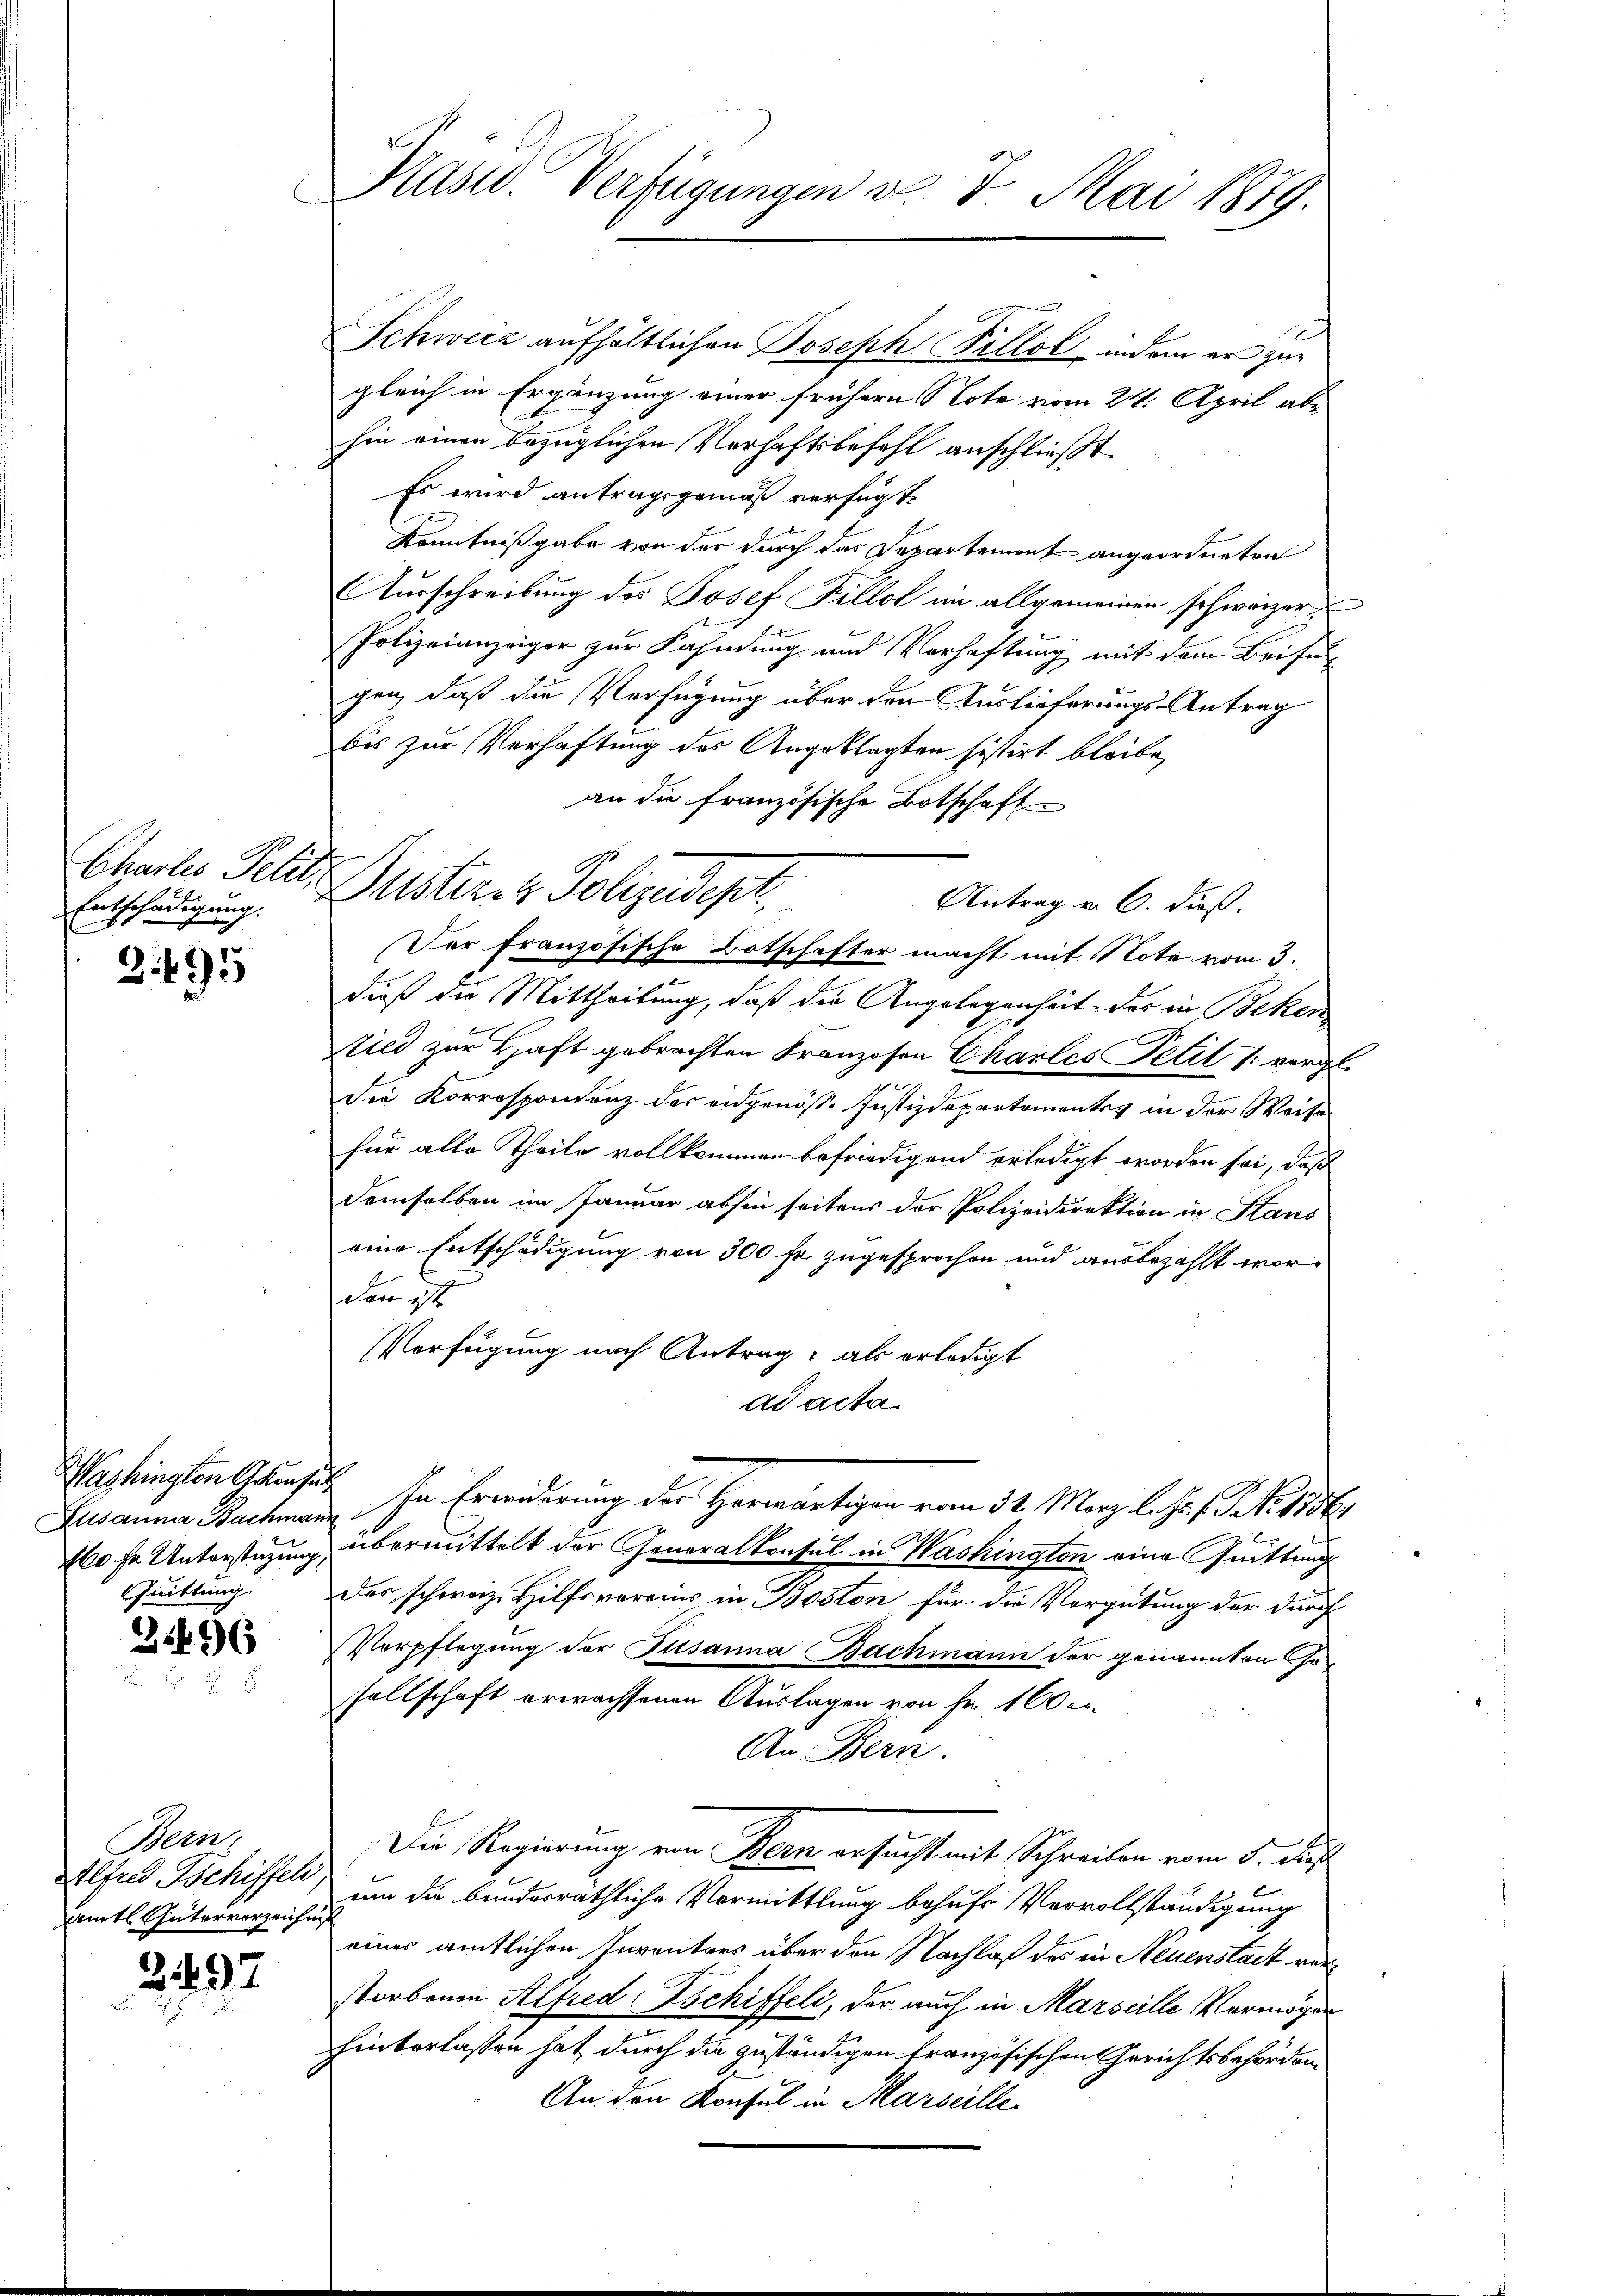
Entschädigung.
f

2495

Washington Akten sich
Quittung.

3.496

Bern,
amts Güterverzeichnis

2497

Präsid. Verfügungen v. 7. Mai 1879.

Schweiz aufhältlichen Joseph Pillol, indem er zugleich in Ergänzung einer frühern Note vom 24. April abhin einen bezüglichen Verhaftsbefehl anschließt
Es wird antragsgemäß verfügte
Kenntnißgabe von der durch das Departement angeordneten
Ausschreibung des Josef Fillol im allgemeinen schweizer
Polizeianzeiger zur Fahndung und Verhaftung mit dem Beifüg
gen, daß die Verfügung über den Auslieferungs-Antrag
bis zur Verhaftung des Angeklagten histirt bleibe,
an die französische Botschaft
Antrag v. 6. dieß.
Der französische Botschafter macht mit Note vom 3.
.
dieß die Mittheilung, daß die Angelegenheit der in Beken
Ried zur Haft gebrachten Franzosen Charles Petit 1 vergl.
Die Korrespondenz des eidgenös- Justizdepartemontes in der Weise
für alle Theile vollkommen befriedigend erledigt worden sei, daß
demselben im Januar abhin seitens der Polizeidirektion in Stans
eine Entschädigung von 300 fr. zugesprochen und ausbezahlt worden ist.
VVerfügung nach Antrag, als erledigt
ad acta
 Erwiderung der Herwärtigen vom 31. März l. J. J. J. 1786.
160 fr Unterstüzung übermittelt der Generalkonsul in Washingten eine Quittung
Das schweiz. Hilfsvereins in Boston für die Vergütung der durch
Verpflegung der Susanna Bachmann der genannten sosellschaft erwachsenen Auslagen von Fr. 100 er¬
An Bern.
Die Regierung von Bern ersucht mit Schreiben vom 5. ds.
Alfred Schiffel, um die bunderräthliche Vermittlung behufs Vervollständigung
eines amtlichen Inventars über den Nachlaß des in Neuenstadt vorstorbenen Alfred Tschiffeli, der auch in Marseille Vermögen
hinterlassen hat durch die zuständigen französischen Gerichtsbehörden
An den Konsul in Marseille

Chaales Petit. Gustern Polizedept,